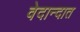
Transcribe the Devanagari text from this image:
वेदान्दात